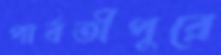
পার্বতীপুরে